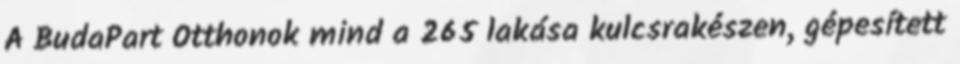
A BudaPart Otthonok mind a 265 lakása kulcsrakészen, gépesített